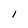
Character: 1